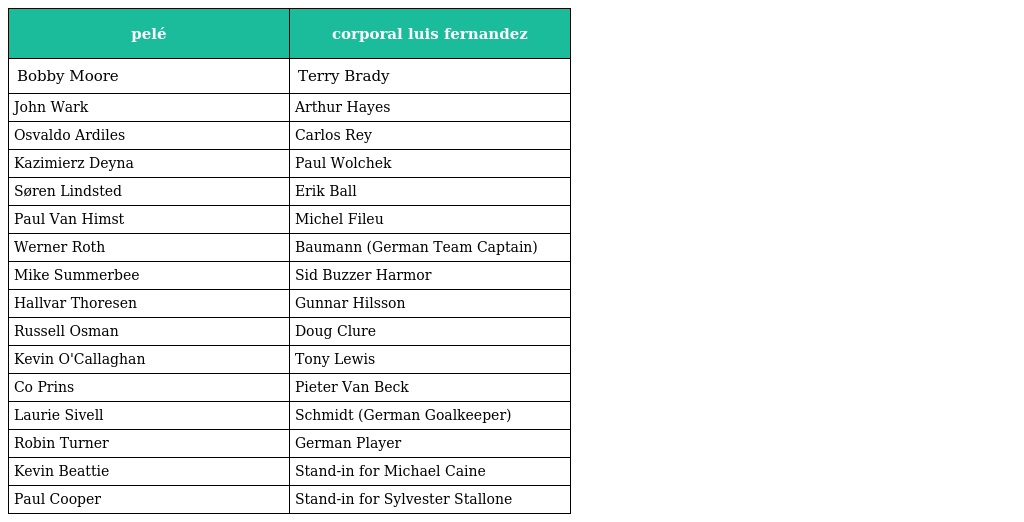
| pelé | corporal luis fernandez |
 | --- | --- |
 | Bobby Moore | Terry Brady |
 | John Wark | Arthur Hayes |
 | Osvaldo Ardiles | Carlos Rey |
 | Kazimierz Deyna | Paul Wolchek |
 | Søren Lindsted | Erik Ball |
 | Paul Van Himst | Michel Fileu |
 | Werner Roth | Baumann (German Team Captain) |
 | Mike Summerbee | Sid Buzzer Harmor |
 | Hallvar Thoresen | Gunnar Hilsson |
 | Russell Osman | Doug Clure |
 | Kevin O'Callaghan | Tony Lewis |
 | Co Prins | Pieter Van Beck |
 | Laurie Sivell | Schmidt (German Goalkeeper) |
 | Robin Turner | German Player |
 | Kevin Beattie | Stand-in for Michael Caine |
 | Paul Cooper | Stand-in for Sylvester Stallone |